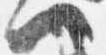
へ